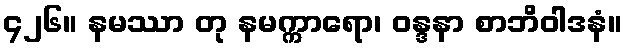
၄၂၆။ နမဿာ တု နမက္ကာရော၊ ဝန္ဒနာ စာဘိဝါဒနံ။